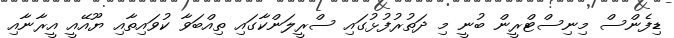
ޑިފެންސް މިނިސްޓްރީން ބުނީ މި ދަތުރުފުޅުގައި ސްރީލަންކާގައި ތިއްބަވާ ކުވައިތާއި ޔޫއޭއީ އީރާނާއި